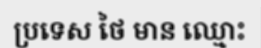
ប្រទេស ថៃ មាន ឈ្មោះ